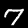
Label: 7